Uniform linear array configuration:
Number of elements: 4
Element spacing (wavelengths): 0.25
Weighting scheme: hann
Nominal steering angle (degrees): -60
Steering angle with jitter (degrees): -60.73
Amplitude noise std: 0.05
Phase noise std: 0.05

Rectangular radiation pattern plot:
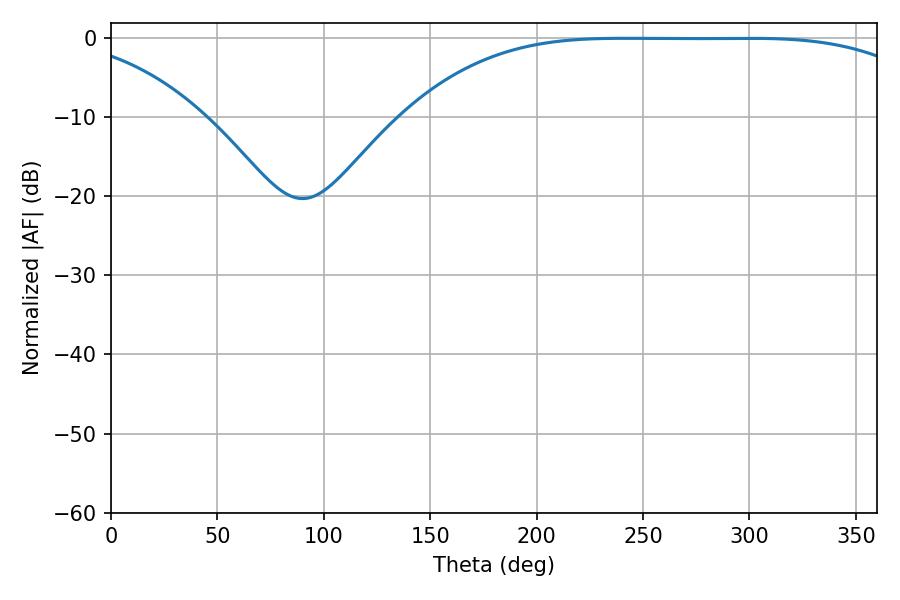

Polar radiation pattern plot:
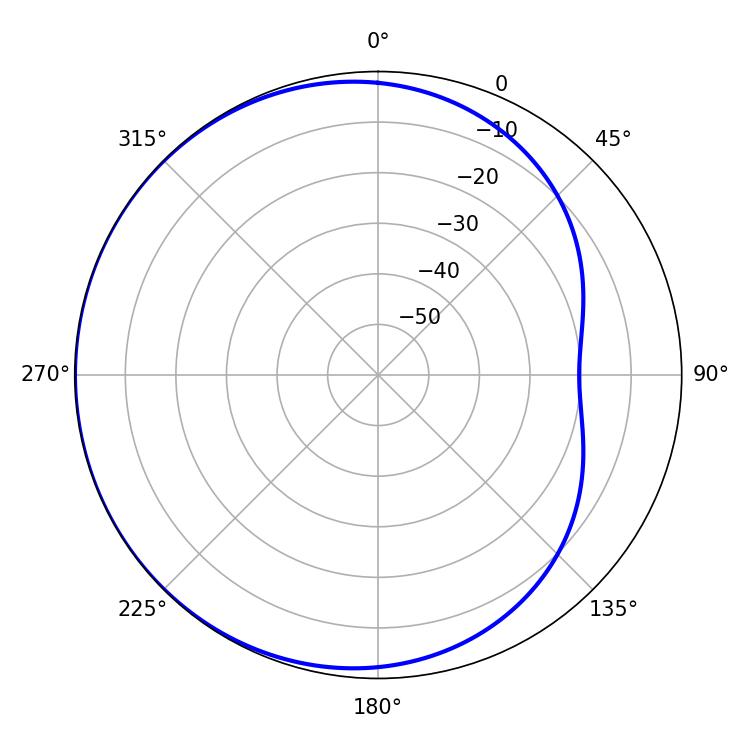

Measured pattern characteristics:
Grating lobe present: FALSE
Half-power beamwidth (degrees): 187.02
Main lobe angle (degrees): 241.2